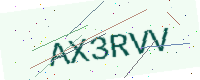
Text: AX3RVV